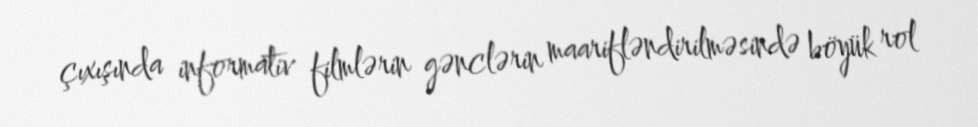
çıxışında informativ filmlərin gənclərin maarifləndirilməsində böyük rol